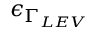
\epsilon _ { \Gamma _ { L E V } }